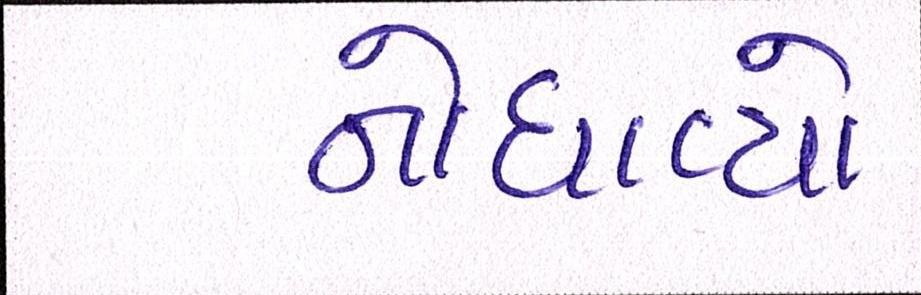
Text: નોધાવ્યો